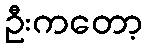
ဦးကတော့